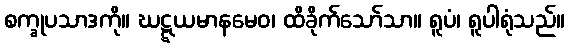
စက္ခုပသာဒကို။ ဃဋ္ဋယမာနမေဝ၊ ထိခိုက်သော်သာ။ ရူပံ၊ ရူပါရုံသည်။